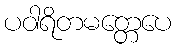
ပဝါရိတမတ္တေပေ